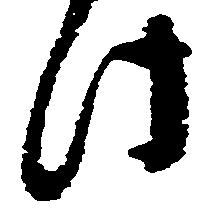
此